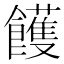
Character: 𩟓